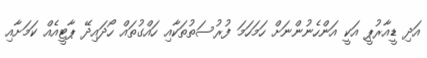
އަދި ޑީއާރުޕީ އަކީ އަންހެނުންނަށް ހަމަހަމަ ފުރުސަތުތަކާއި ހައްގުތައް ހޯދައިދޭ ޕާޓީއެއް ކަމަށާއި